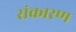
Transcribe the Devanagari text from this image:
संकारण